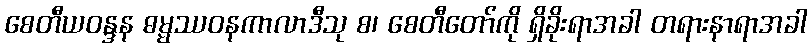
စေတီယဝန္ဒန ဓမ္မဿဝနကာလာဒီသု စ၊ စေတီတော်ကို ရှိခိုးရာအခါ တရားနာရာအခါ